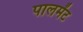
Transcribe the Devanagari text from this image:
पालमेंट